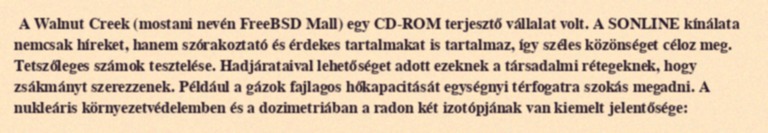
A Walnut Creek (mostani nevén FreeBSD Mall) egy CD-ROM terjesztő vállalat volt. A SONLINE kínálata nemcsak híreket, hanem szórakoztató és érdekes tartalmakat is tartalmaz, így széles közönséget céloz meg. Tetszőleges számok tesztelése. Hadjárataival lehetőséget adott ezeknek a társadalmi rétegeknek, hogy zsákmányt szerezzenek. Például a gázok fajlagos hőkapacitását egységnyi térfogatra szokás megadni. A nukleáris környezetvédelemben és a dozimetriában a radon két izotópjának van kiemelt jelentősége: